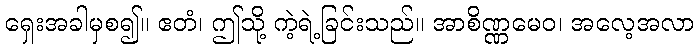
ရှေးအခါမှစ၍။ ဧတံ၊ ဤသို့ ကဲ့ရဲ့ခြင်းသည်။ အာစိဏ္ဏမေဝ၊ အလေ့အလာ